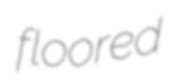
floored